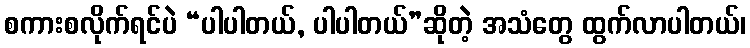
စကားစလိုက်ရင်ပဲ “ပါပါတယ်, ပါပါတယ်”ဆိုတဲ့ အသံတွေ ထွက်လာပါတယ်၊